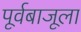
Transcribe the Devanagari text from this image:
पूर्वबाजूला